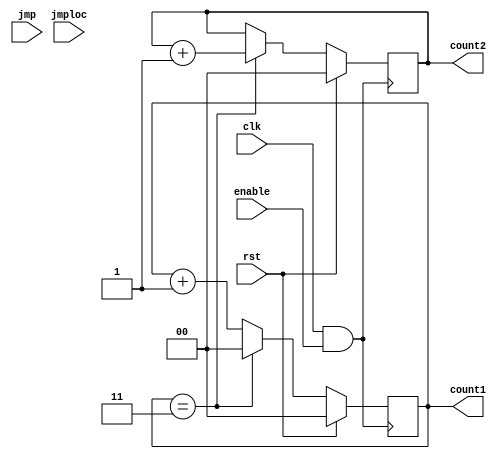
//-----------------------------------------------------//
`timescale 1ms/100us
module PC(input clk, input rst, input enable, input [3:0] jmploc, input jmp, output reg [1:0] count1,output reg [1:0]count2);
wire CLK;
parameter delaytime=5;
assign CLK = (clk & enable);
initial begin
    count1 <= 2'b00;
    count2 <= 2'b00;
end
always @(posedge CLK)
begin
    if(rst)
    begin
        #delaytime count1 <= 2'b00;
        #delaytime count2 <= 2'b00;
    end
    else
    begin
        if(count1==2'b11)
        begin
            #delaytime count1 <= 2'b00;
            #delaytime count2 <= count2+1;
        end
        else 
            begin
            #delaytime count1 <= count1+1;
            end
        end
    end
//end
/*
always @(posedge clk)
begin
    if(jmp)
    begin
        count <= jmploc;
    end
end
*/
endmodule